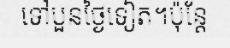
ទៅបួនថ្ងៃទៀត។ប៉ុន្តែ